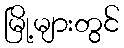
မြို့များတွင်